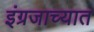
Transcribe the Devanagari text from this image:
इंग्रजाच्यात